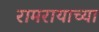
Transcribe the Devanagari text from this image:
रामरायाच्या